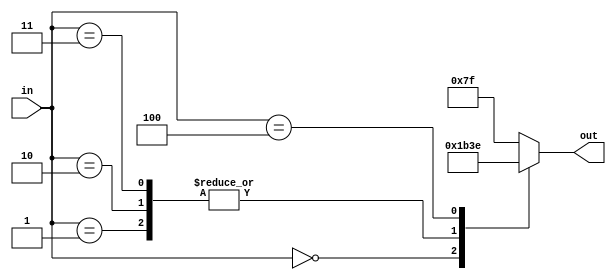
module char_e(out, in);
	output reg [6:0] out;
	input [2:0] in;
		always @ (*)
			begin
				case (in)
					0 : out = 7'b0000000;
					1 : out = 7'b0110110;
					2 : out = 7'b0110110;
					3 : out = 7'b0110110;
					4 : out = 7'b0111110;
					default : out = 7'b1111111;
				endcase
			end
endmodule